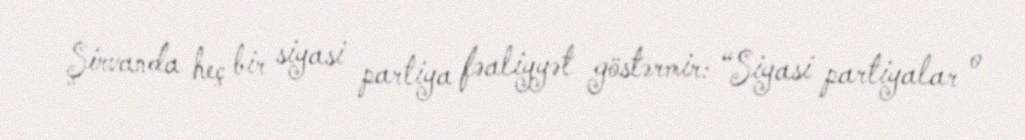
Şirvanda heç bir siyasi partiya fəaliyyət göstərmir: “Siyasi partiyalar o